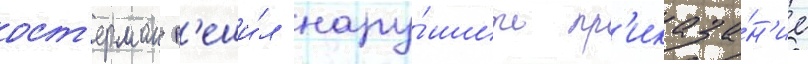
ост'ерман р'еши́л нару́шить пр'иказа́н'ие